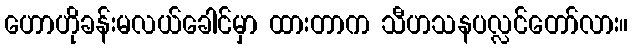
ဟောဟိုခန်းမလယ်ခေါင်မှာ ထားတာက သီဟသနပလ္လင်တော်လား။